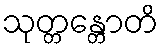
သုတ္တန္တောတိ